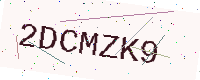
Text: 2DCMZK9